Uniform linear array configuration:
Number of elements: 12
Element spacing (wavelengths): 0.5
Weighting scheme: exponential
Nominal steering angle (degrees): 30
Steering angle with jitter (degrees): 30.219
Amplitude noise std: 0.05
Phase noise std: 0.05

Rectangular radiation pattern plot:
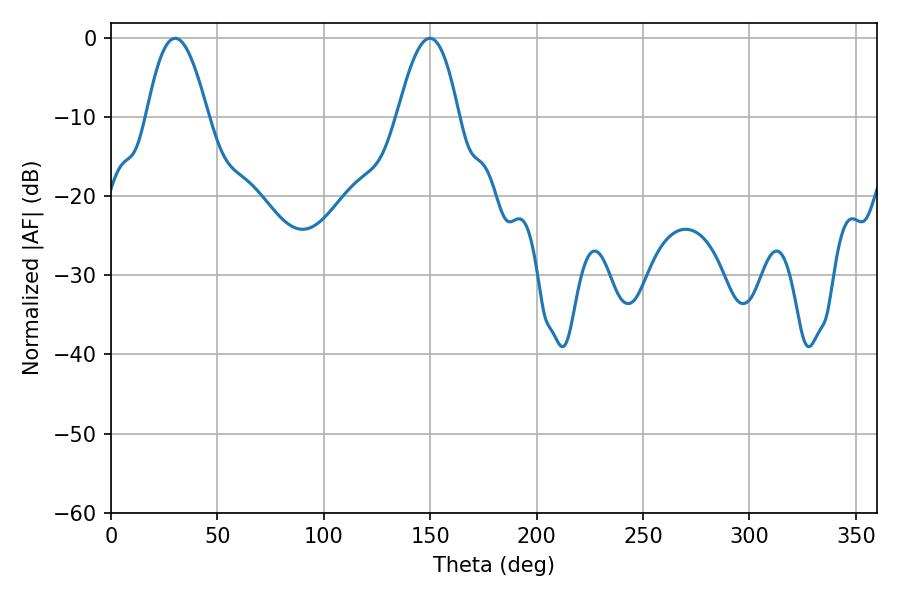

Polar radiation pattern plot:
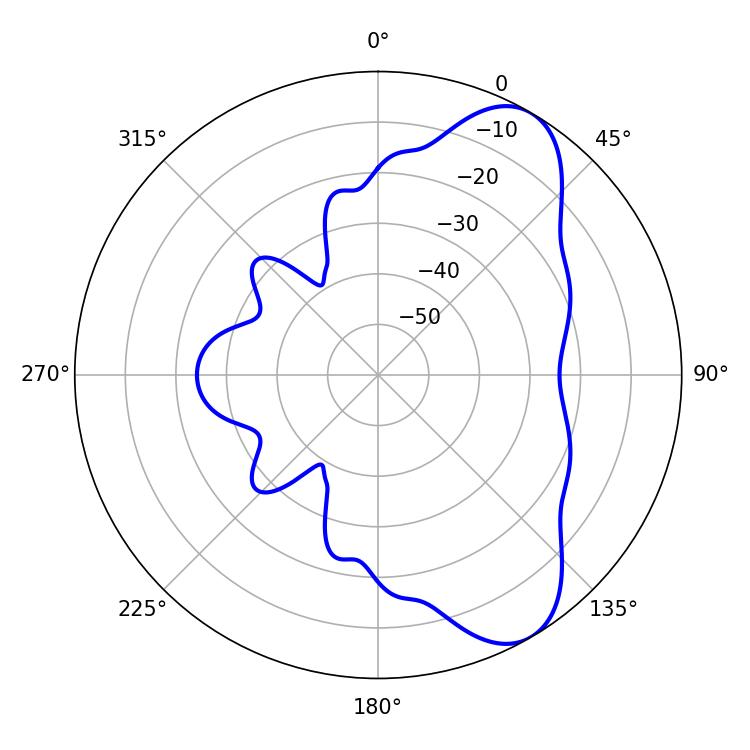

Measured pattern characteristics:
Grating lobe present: FALSE
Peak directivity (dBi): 7.982
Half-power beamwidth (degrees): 15.66
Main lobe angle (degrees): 30.24